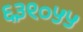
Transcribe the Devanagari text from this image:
६३९०५५